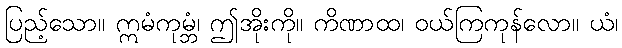
ပြည့်သော။ ဣမံကုမ္ဘံ၊ ဤအိုးကို။ ကိဏာထ၊ ဝယ်ကြကုန်လော။ ယံ၊